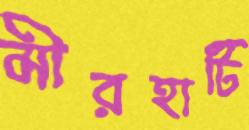
মীরহাটি